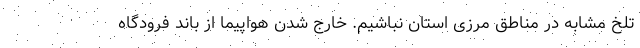
تلخ مشابه در مناطق مرزی استان نباشیم. خارج شدن هواپیما از باند فرودگاه